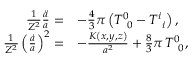
\begin{array} { r l } { \frac { 1 } { Z ^ { 2 } } \frac { \ddot { a } } { a } = } & { - \frac { 4 } { 3 } \pi \left( T _ { \, \, \, 0 } ^ { 0 } - T _ { \, \, \, i } ^ { i } \right) , } \\ { \frac { 1 } { Z ^ { 2 } } \left( \frac { \dot { a } } { a } \right) ^ { 2 } = } & { - \frac { K \left( x , y , z \right) } { a ^ { 2 } } + \frac { 8 } { 3 } \pi \, T _ { \, \, \, 0 } ^ { 0 } , } \end{array}